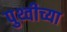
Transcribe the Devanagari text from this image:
पुथ्वीच्या